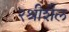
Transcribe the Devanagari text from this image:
२श्रीशैल